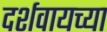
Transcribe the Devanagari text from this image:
दर्शवायच्या